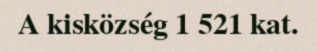
A kisközség 1 521 kat.